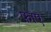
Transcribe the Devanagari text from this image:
फ़ाए